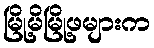
မြို့မိမြို့ဖများက